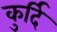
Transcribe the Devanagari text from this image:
कुर्दि